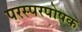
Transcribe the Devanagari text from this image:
परस्परपोषक